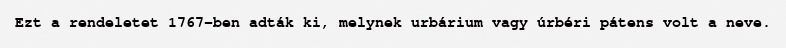
Ezt a rendeletet 1767-ben adták ki, melynek urbárium vagy úrbéri pátens volt a neve.